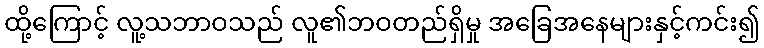
ထို့ကြောင့် လူ့သဘာဝသည် လူ၏ဘဝတည်ရှိမှု အခြေအနေများနှင့်ကင်း၍